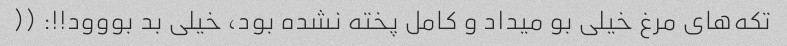
تکه‌های مرغ خیلی بو میداد و کامل پخته نشده بود، خیلی بد بووود!!: ((